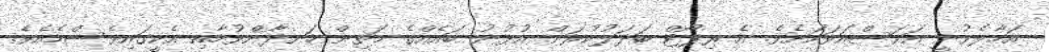
އަހާލެވުނީ އަވަސްއަވަހަށެވެ. އެ ރިޕޯޓް ބަދަލުކުރަން އުޅުނު ބައެއްގެ މަތިން ހަނދާންވުމާއި އެކީގައިވެސްމެއެވެ.